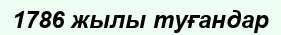
1786 жылы туғандар